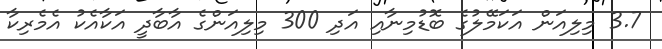
3.7 މިލިއަން އަކަމޭލުގެ ބޮޑުމިނާއި އަދި 300 މިލިއަންގެ އާބާދީ އަކާއެކު އެމެރިކާ